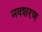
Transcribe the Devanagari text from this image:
नवशरण